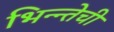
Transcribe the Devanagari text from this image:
भिन्न्तेची